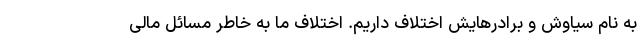
به نام سیاوش و برادرهایش اختلاف داریم. اختلاف ما به خاطر مسائل مالی